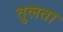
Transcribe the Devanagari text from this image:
तुलता